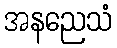
အနညေသံ